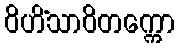
ဝိဟိံသာဝိတက္ကော